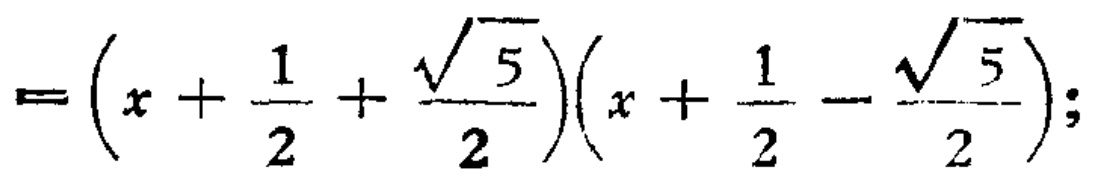
\(=\left(x+\frac{1}{2}+\frac{\sqrt{5}}{2}\right)\left(x+\frac{1}{2}-\frac{\sqrt{5}}{2}\right);\)